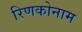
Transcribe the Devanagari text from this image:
रिणकोनाम